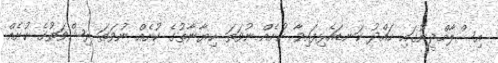
އިސްލާމްދީނުގައި ހައްދު ކަނޑައެޅިފައިވާ ކުށެއް ނުވަތަ ހިޔާނާތުގެ ކުށެއް ނުވަތަ ރިޝްވަތުގެ ކުށެއް